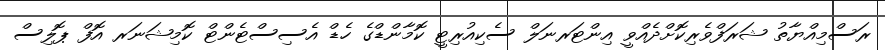
ރަސްމިއްޔާތު ޝަރަފްވެރިކޮށްދެއްވީ އިންޓަރނަލް ސެކިއުރިޓީ ކޮމާންޑްގެ ހެޑް އެސިސްޓެންޓް ކޮމިޝަނަރ އޮފް ޕޮލިސް